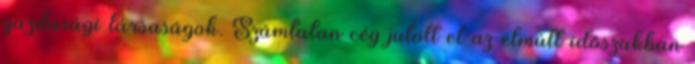
gazdasági társaságok. Számtalan cég jutott el az elmúlt időszakban